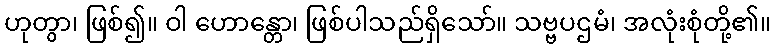
ဟုတွာ၊ ဖြစ်၍။ ဝါ ဟောန္တော၊ ဖြစ်ပါသည်ရှိသော်။ သဗ္ဗပဌမံ၊ အလုံးစုံတို့၏။